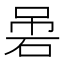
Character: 𱳻